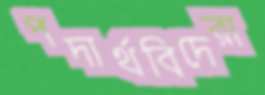
পদার্থবিদেরা